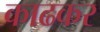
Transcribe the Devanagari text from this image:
काढकर